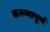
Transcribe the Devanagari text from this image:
करूणापूर्ण